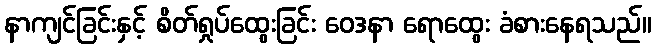
နာကျင်ခြင်းနှင့် စိတ်ရှုပ်ထွေးခြင်း ဝေဒနာ ရောထွေး ခံစားနေရသည်။